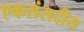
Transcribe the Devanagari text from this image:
एकसंसदीय